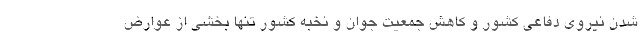
شدن نیروی دفاعی کشور و کاهش جمعیت جوان و نخبه کشور تنها بخشی از عوارض